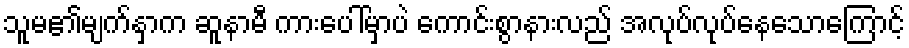
သူမ၏မျက်နှာက ဆူနာမီ ကားပေါ်မှာပဲ ကောင်းစွာနားလည် အလုပ်လုပ်နေသောကြောင့်